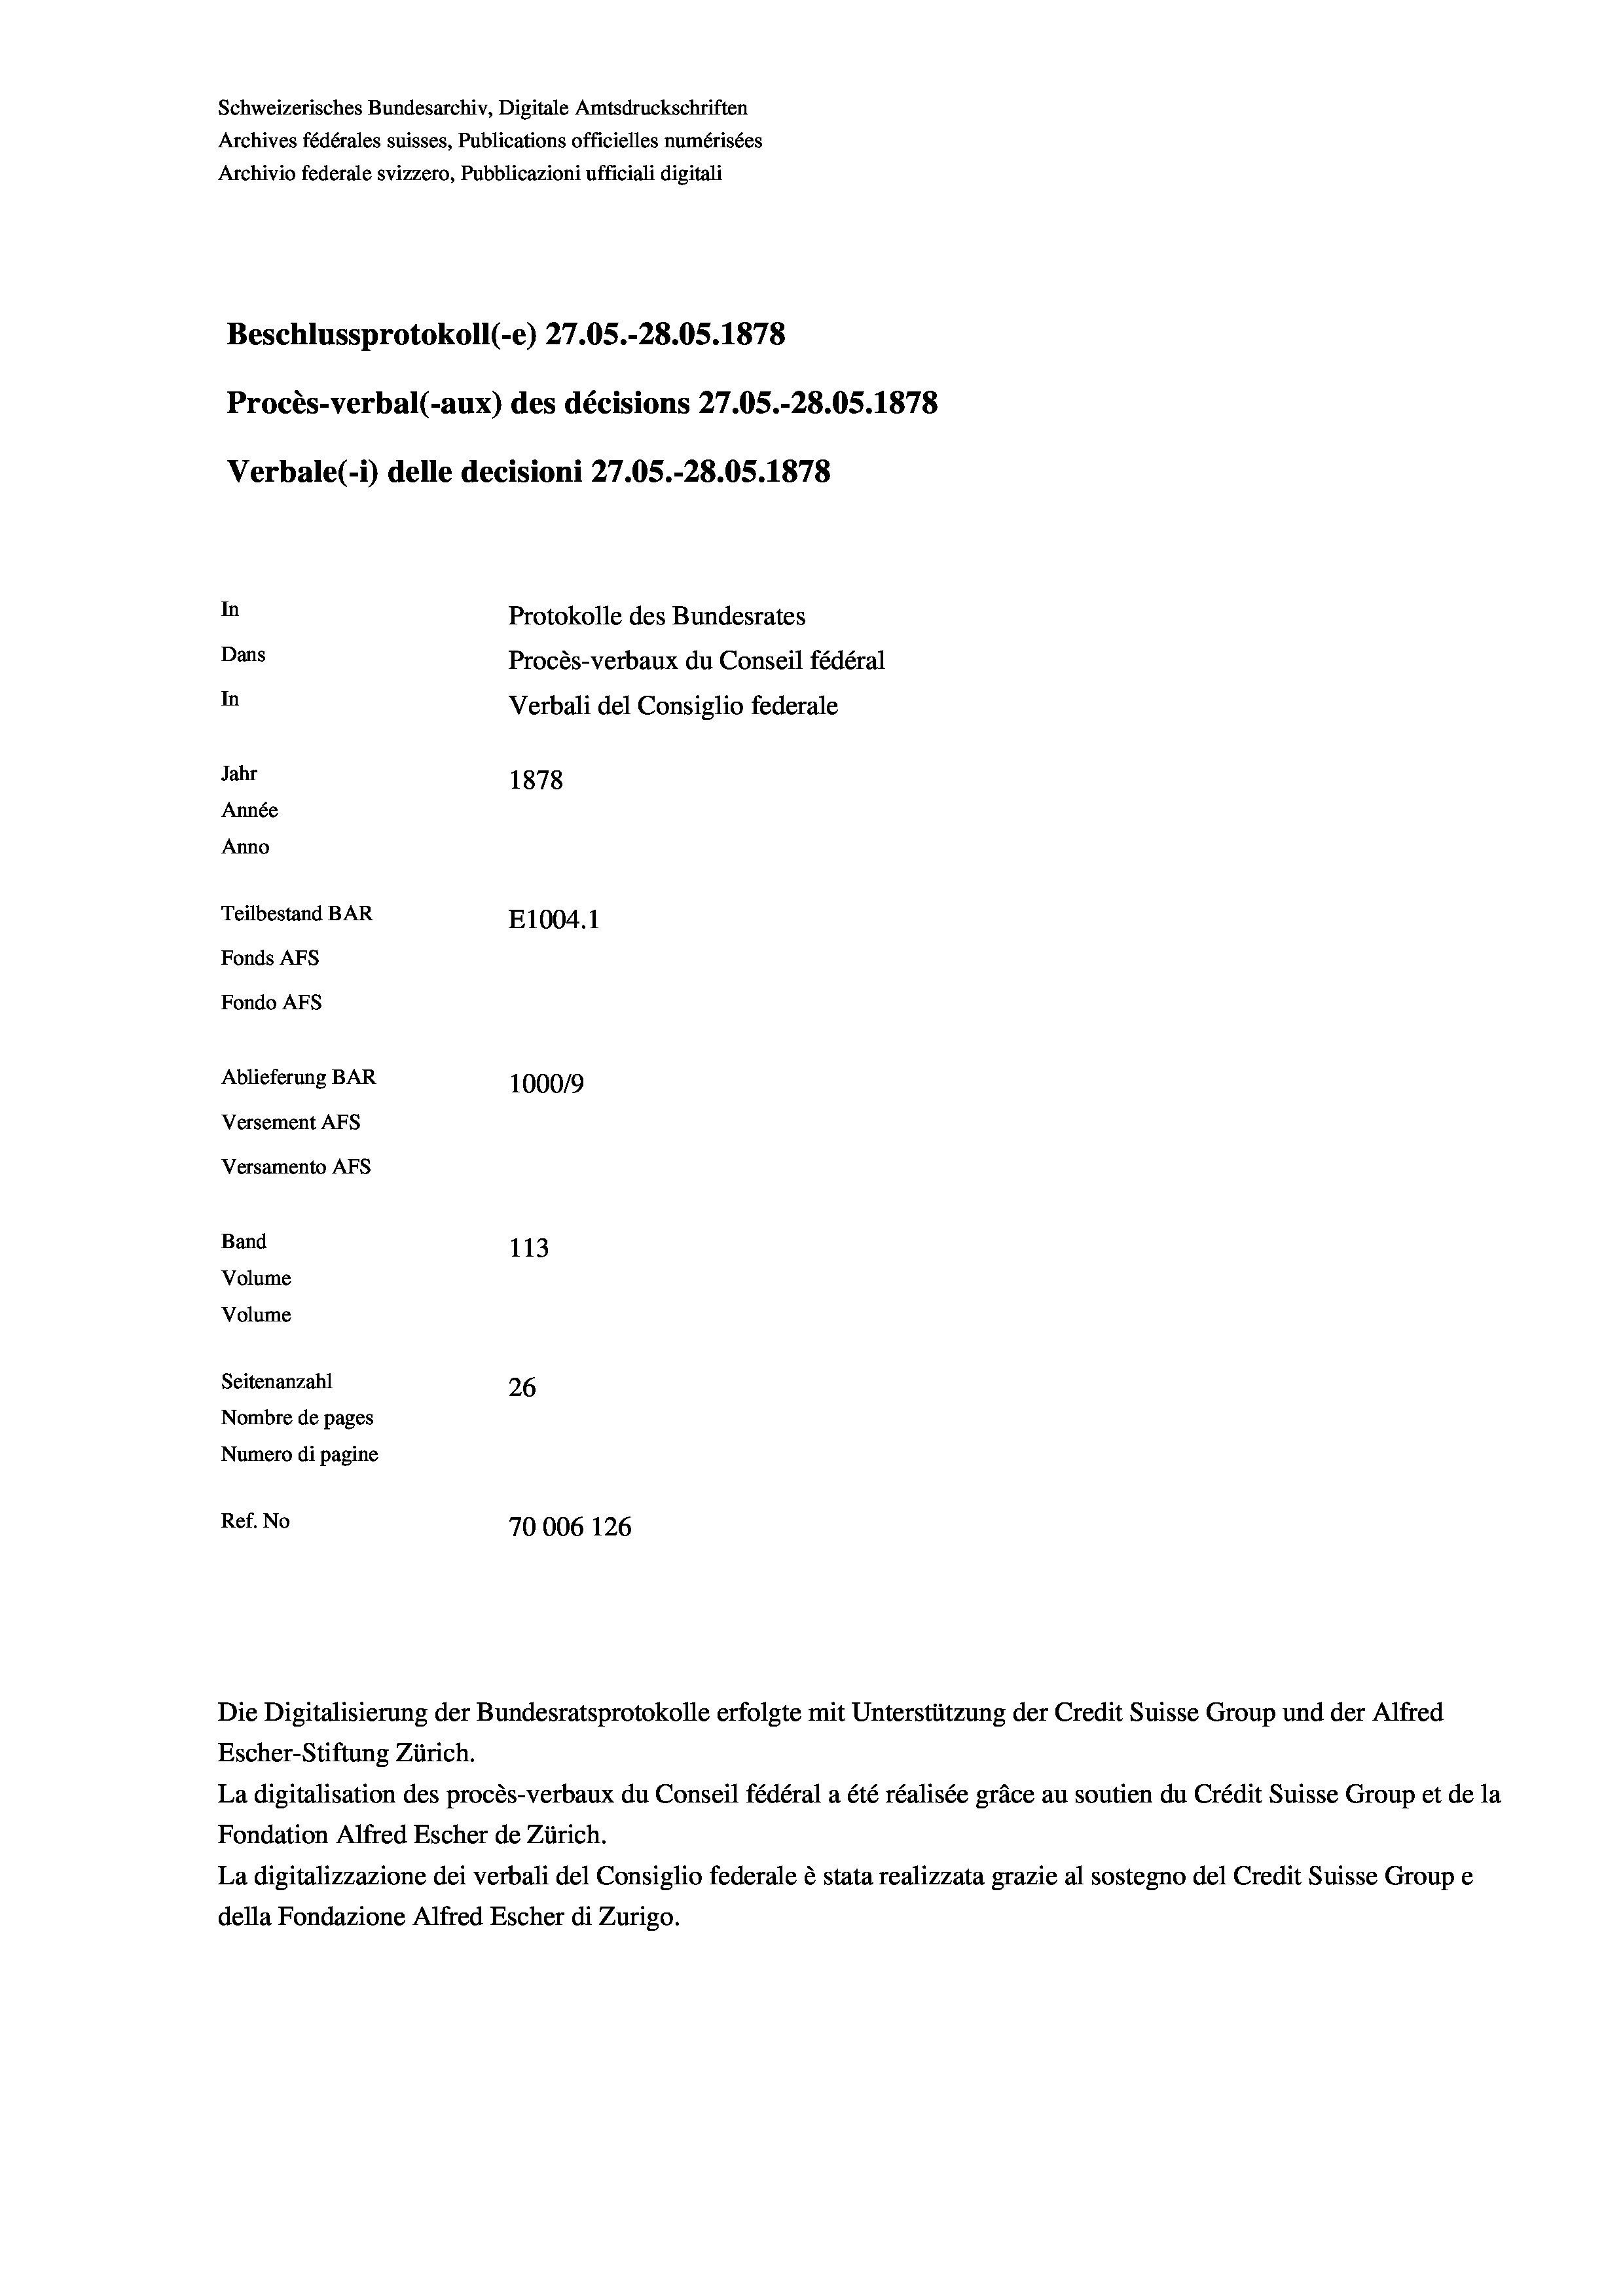
Schweizerisches Bundesarchiv, Digitale Amtsdruckschriften
Archives fédérales suisses, Publications officielles numérisées
Archivio federale svizzero, Pubblicazioni ufficiali digitali
Beschlussprotokoll (-e) 27.05.-28.05. 1878
Procès-verbal (-aux) des décisions 27.05.-28.05. 1878
Verbale(*) delle decisioni 27.05.-28.05. 1878
In
Protokolle des Bundesrates
Dans
Procès-verbaux du Conseil fédéral
In
Verbali del Consiglio federale
Jahr
1878
Année
Anno
Teilbestand BAR
E1004. 1
Fonds AFs
Fondo Afs
Ablieferung BAR
100019
Versement AFs
Versamento AFs
Band
113
Volume
Volume
Seitenanzahl
26
Nombre de pages
Numero di pagine
Ref. No
70006 126

Escher-Stiftung Zürich.
La digitalisation des procès-verbaux du Conseil fédéral a été réalisée gräce au soutien du Crédit Suisse Group et de la
Fondation Alfred Escher de Zürich.
La digitalizzazione dei verbali del Consiglio federale è stata realizzata grazie al sostegno del Credit Suisse Groupe
della Fondazione Alfred Escher di Zurigo.

Die Digitalisierung der Bundesratsprotokolle erfolgte mit Unterstützung der Credit Suisse Group und der Alfred